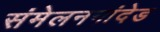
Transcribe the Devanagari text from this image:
संमेलननांदेड